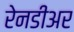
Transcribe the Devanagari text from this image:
रेनडीअर